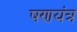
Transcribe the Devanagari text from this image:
षणयंत्र